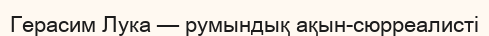
Герасим Лука — румындық ақын-сюрреалисті